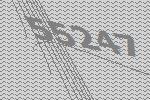
55247